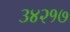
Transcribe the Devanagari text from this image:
३४२१७